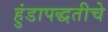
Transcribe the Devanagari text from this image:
हुंडापद्धतीचे